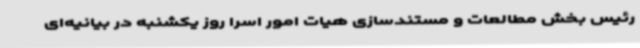
رئیس بخش مطالعات و مستندسازی هیات امور اسرا روز یکشنبه در بیانیه‌ای